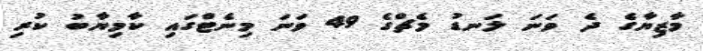
މާޒިޔާގެ ދެ ވަނަ ލަނޑު މެޗްގެ 49 ވަނަ މިނެޓްގައި ކާމިޔާބު ކުރި